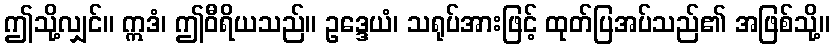
ဤသို့လျှင်။ ဣဒံ၊ ဤဝီရိယသည်။ ဥဒ္ဒေယံ၊ သရုပ်အားဖြင့် ထုတ်ပြအပ်သည်၏ အဖြစ်သို့။